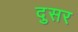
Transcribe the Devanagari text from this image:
दुसर